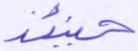
حينئذ